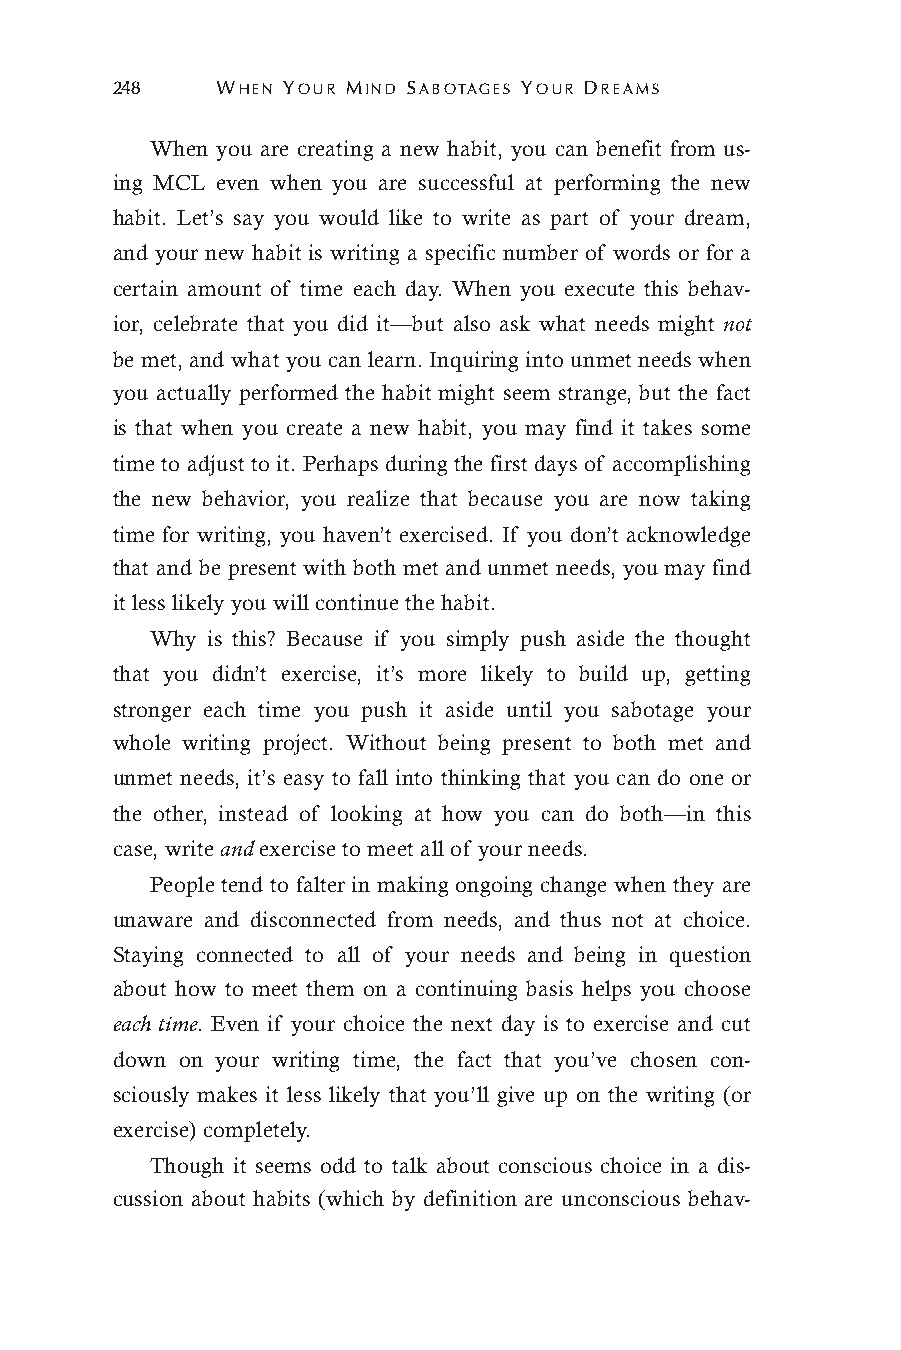
248    WHEN YOUR MIND SABOTAGES YOUR DREAMS
 When you are creating a new habit, you can benefit from us-
 ing MCL even when you are successful at performing the new
 habit. Let’s say you would like to write as part of your dream,
 and your new habit is writing a specific number of words or for a
 certain amount of time each day. When you execute this behav-
 ior, celebrate that you did it—but also ask what needs might not
 be met, and what you can learn. Inquiring into unmet needs when
 you actually performed the habit might seem strange, but the fact
 is that when you create a new habit, you may find it takes some
 time to adjust to it. Perhaps during the first days of accomplishing
 the new behavior, you realize that because you are now taking
 time for writing, you haven’t exercised. If you don’t acknowledge
 that and be present with both met and unmet needs, you may find
 it less likely you will continue the habit.
 Why is this? Because if you simply push aside the thought
 that you didn’t exercise, it’s more likely to build up, getting
 stronger each time you push it aside until you sabotage your
 whole writing project. Without being present to both met and
 unmet needs, it’s easy to fall into thinking that you can do one or
 the other, instead of looking at how you can do both—in this
 case, write and exercise to meet all of your needs.
 People tend to falter in making ongoing change when they are
 unaware and disconnected from needs, and thus not at choice.
 Staying connected to all of your needs and being in question
 about how to meet them on a continuing basis helps you choose
 each time. Even if your choice the next day is to exercise and cut
 down on your writing time, the fact that you’ve chosen con-
 sciously makes it less likely that you’ll give up on the writing (or
 exercise) completely.
 Though it seems odd to talk about conscious choice in a dis-
 cussion about habits (which by definition are unconscious behav-